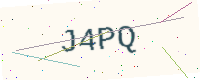
Text: J4PQ